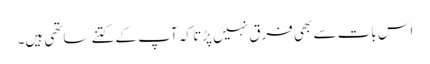
اس بات سے بھی فرق نہیں پڑتا کہ آپ کے کتنے ساتھی ہیں۔